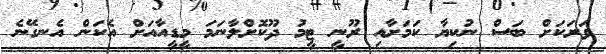
ވަރަކަށް ބަސް ނުކިޔާ ކަމަށާއި ރޫނީ ޓީމު ދޫކޮށްލާނަމަ މީޑީއާއަށް އެކަން އެނގޭނެ